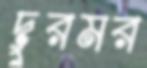
দুরমর